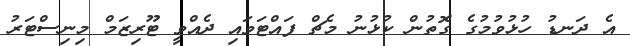
އެ ދަނޑު ހުޅުވުމުގެ ގޮތުން ކުޅުނު މެޗް ފައްޓަވައި ދެއްވީ ޓޫރިޒަމް މިނިސްޓަރު